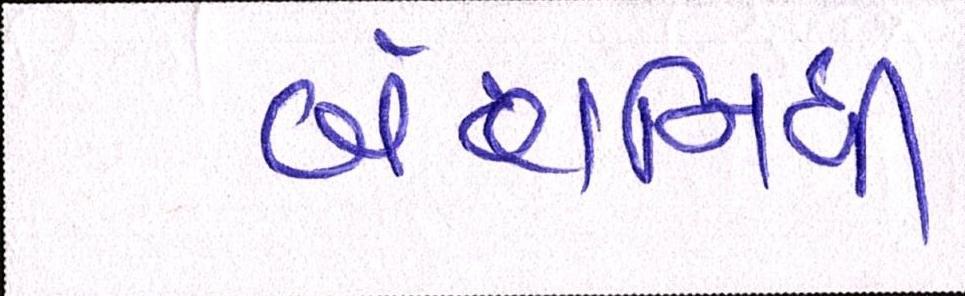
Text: બંછાનિધી